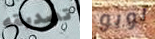
تصديقه لوبو